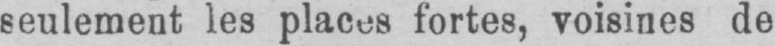
seulement les places fortes, voisines de